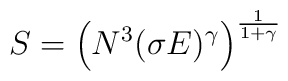
S = \left( N^3 (\sigma E)^\gamma \right)^{\frac{1}{1 + \gamma}}